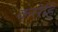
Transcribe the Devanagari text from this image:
कसेहि